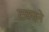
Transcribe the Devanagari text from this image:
टकाने